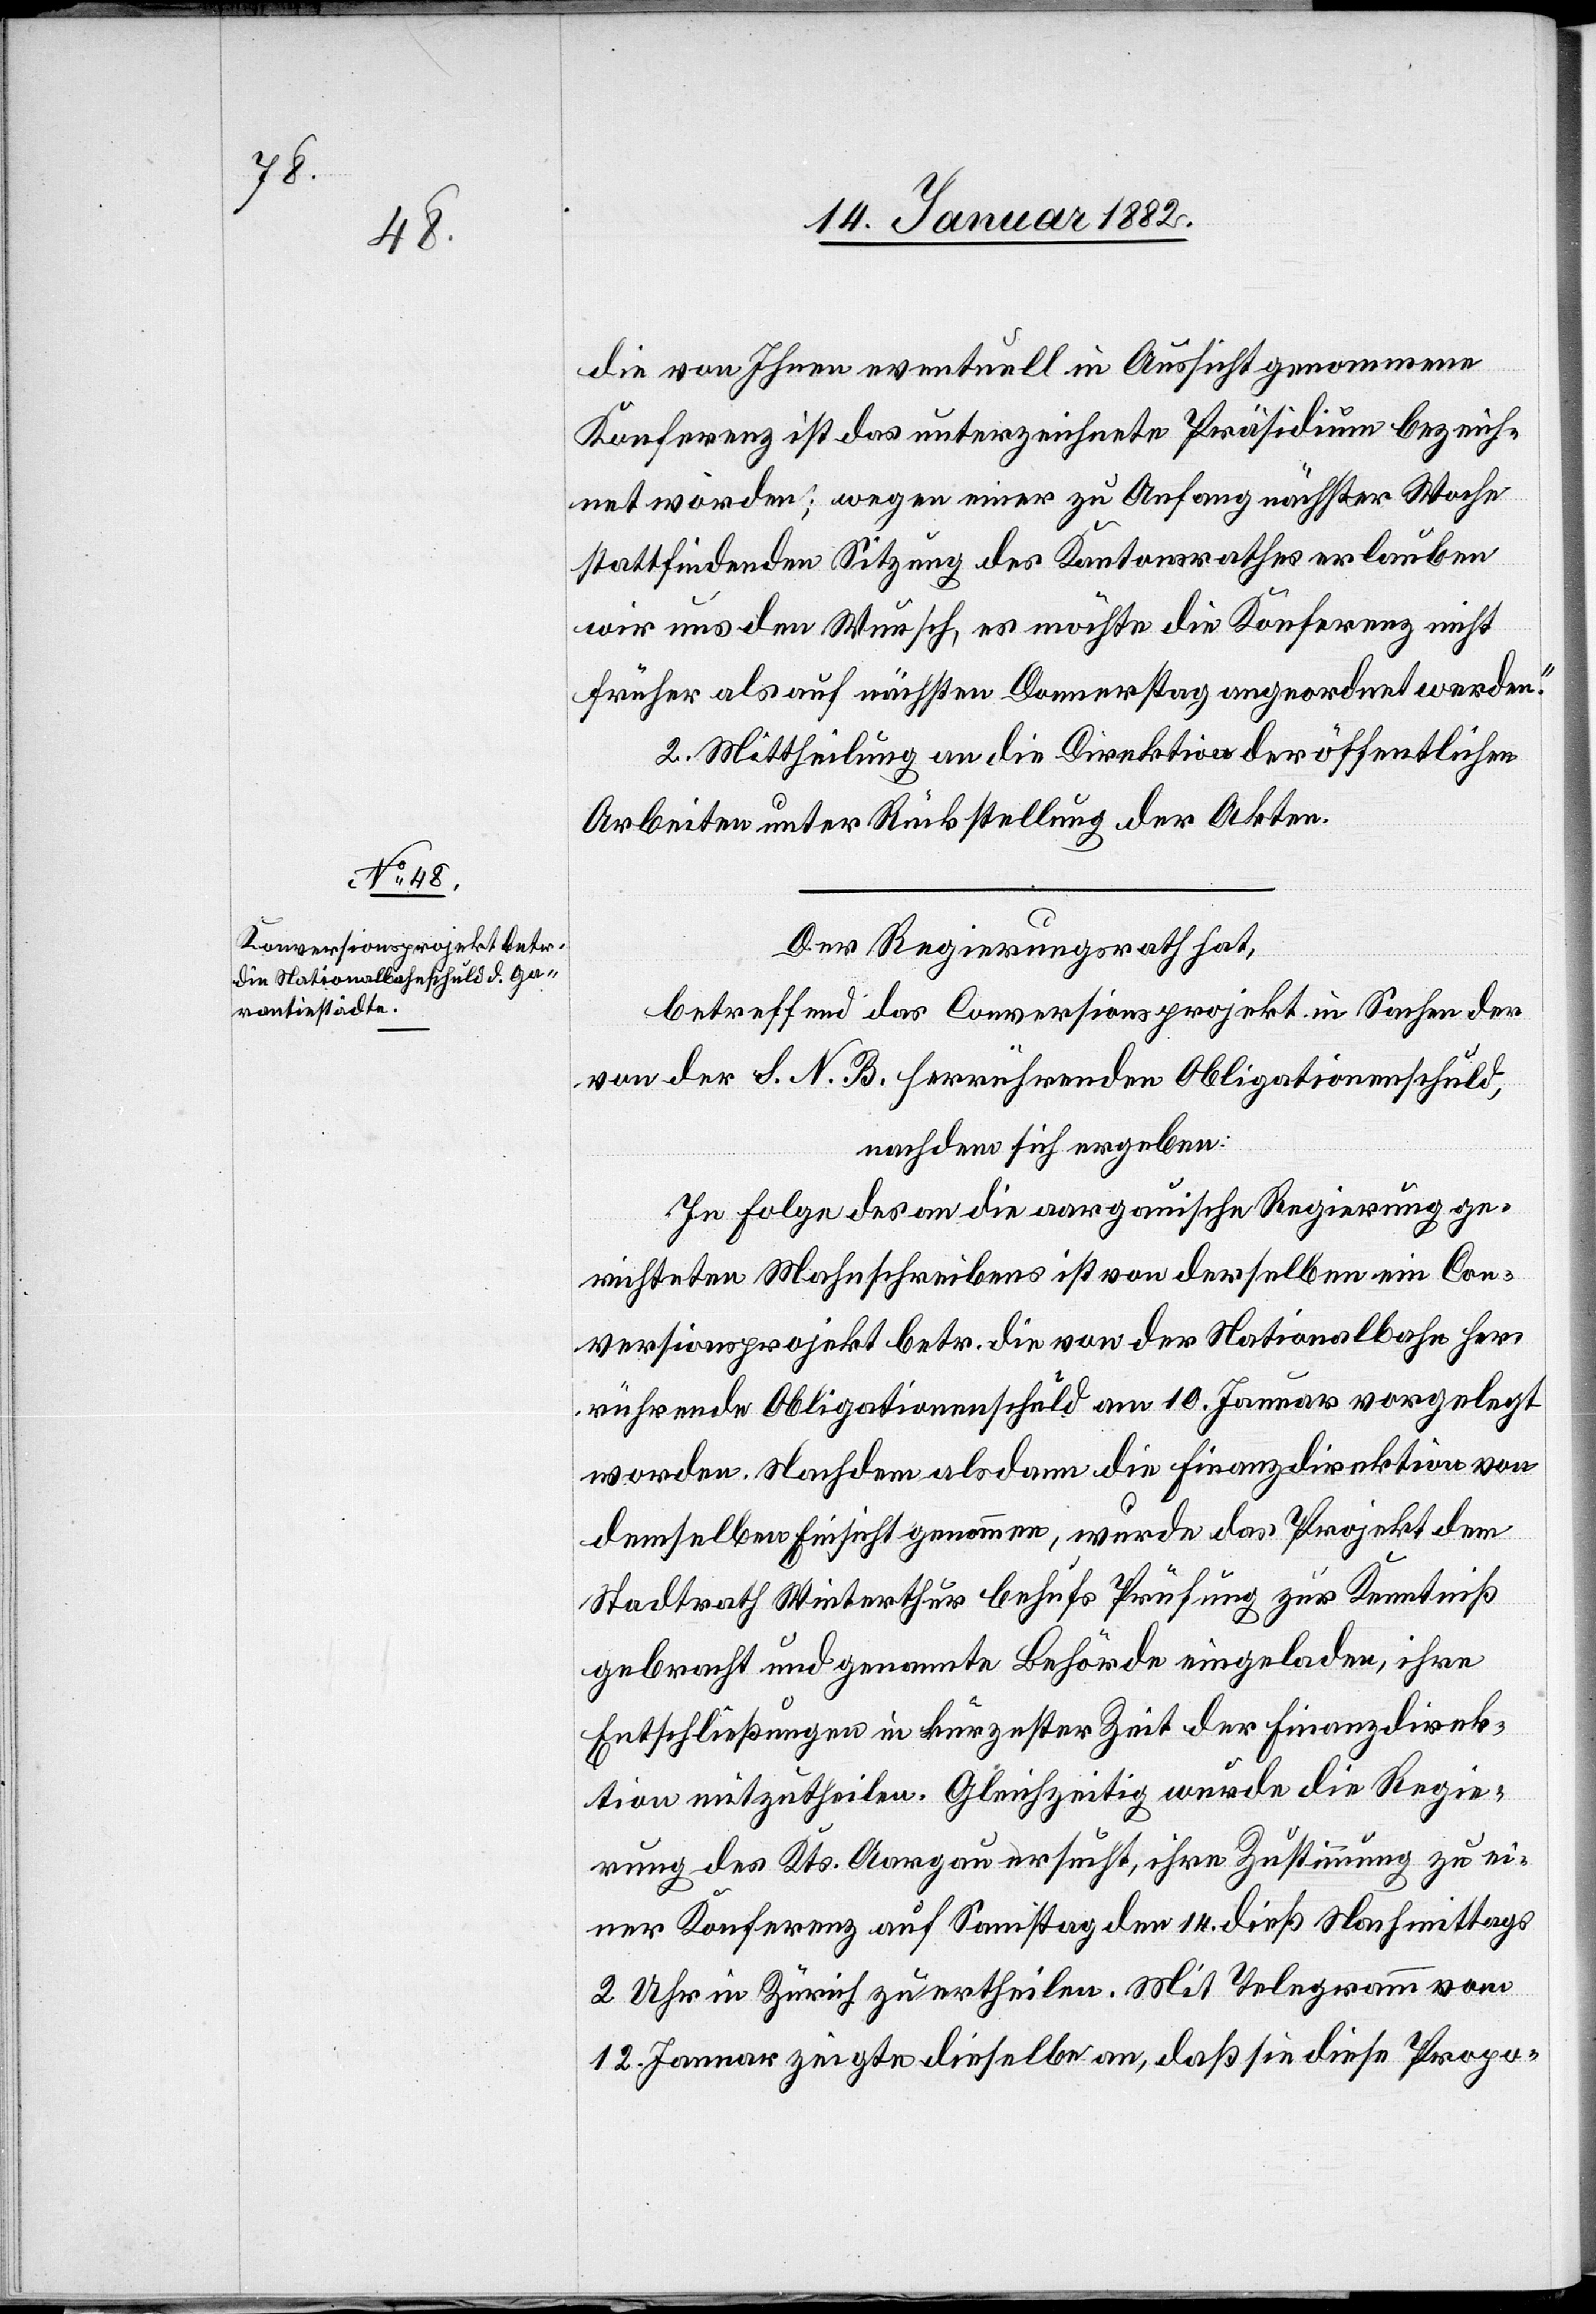
die von Ihnen eventuell in Aussucht genommene
Konferenz ist das unterzeichnete Präsidium bezeich¬
net worden; wegen einer zu Anfang nächster Woche
stattfindenden Sitzung des Kantonsrathes erlauben
wir uns den Wunsch, es möchte die Konferenz nicht
früher als auf nächsten Donnerstag angeordnet werden.“
2. Mittheilung an die Direktion der öffentlichen
Arbeiten unter Rückstellung der Akten.
Der Regierungsrath hat,
betreffend das Conversionsprojekt in Sachen der
von der S. N. B. herrührenden Obligationenschuld,
nachdem sich ergeben:
In Folge des an die Aargauische Regierung ge¬
richteten Mahnschreibens ist von derselben ein Con¬
versionsprojekt betr. die von der Nationalbahn her¬
rührende Obligationenschuld am 10. Januar vorgelegt
worden. Nachdem alsdann die Finanzdirektion von
demselben Einsicht genommen, wurde das Projekt dem
Stadtrath Winterthur behufs Prüfung zur Kenntniß
gebracht und genannte Behörde eingeladen, ihre
Entschließungen in kürzester Zeit der Finanzdirek¬
tion mitzutheilen. Gleichzeitig wurde die Regie¬
rung des Kts. Aargau ersucht, ihre Zustimmung zu ei¬
ner Konferenz auf Samstag den 14. dieß Nachmittags
2 Uhr in Zürich zu ertheilen. Mit Telegramm vom
12. Januar zeigte dieselbe an, daß sie diese Propo-